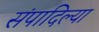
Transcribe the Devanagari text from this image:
संपादिल्या